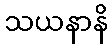
သယနာနိ